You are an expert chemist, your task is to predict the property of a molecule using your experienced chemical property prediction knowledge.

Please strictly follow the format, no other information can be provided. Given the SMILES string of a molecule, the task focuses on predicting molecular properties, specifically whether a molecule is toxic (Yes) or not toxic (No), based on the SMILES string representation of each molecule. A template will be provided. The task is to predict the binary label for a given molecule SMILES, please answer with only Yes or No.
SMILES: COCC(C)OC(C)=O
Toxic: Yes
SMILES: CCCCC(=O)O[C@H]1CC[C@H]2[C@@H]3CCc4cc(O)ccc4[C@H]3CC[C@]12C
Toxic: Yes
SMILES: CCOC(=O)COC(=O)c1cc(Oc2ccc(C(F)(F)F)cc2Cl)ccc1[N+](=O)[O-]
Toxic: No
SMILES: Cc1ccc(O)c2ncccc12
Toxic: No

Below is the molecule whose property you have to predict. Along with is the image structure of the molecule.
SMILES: CC(=O)c1cccnc1
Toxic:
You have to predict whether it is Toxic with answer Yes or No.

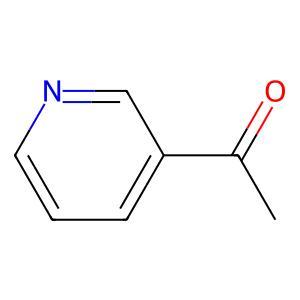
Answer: No